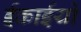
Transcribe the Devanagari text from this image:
ईकाईयो